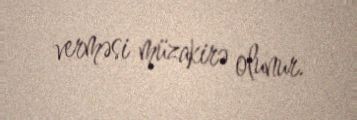
verməsi müzakirə olunur.